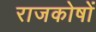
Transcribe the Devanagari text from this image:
राजकोषों